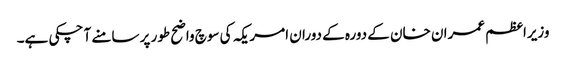
وزیراعظم عمران خان کے دورہ کے دوران امریکہ کی سوچ واضح طور پر سامنے آ چکی ہے۔